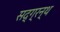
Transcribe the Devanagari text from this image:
सद्ग्रन्थ